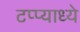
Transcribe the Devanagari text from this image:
टप्प्याध्ये